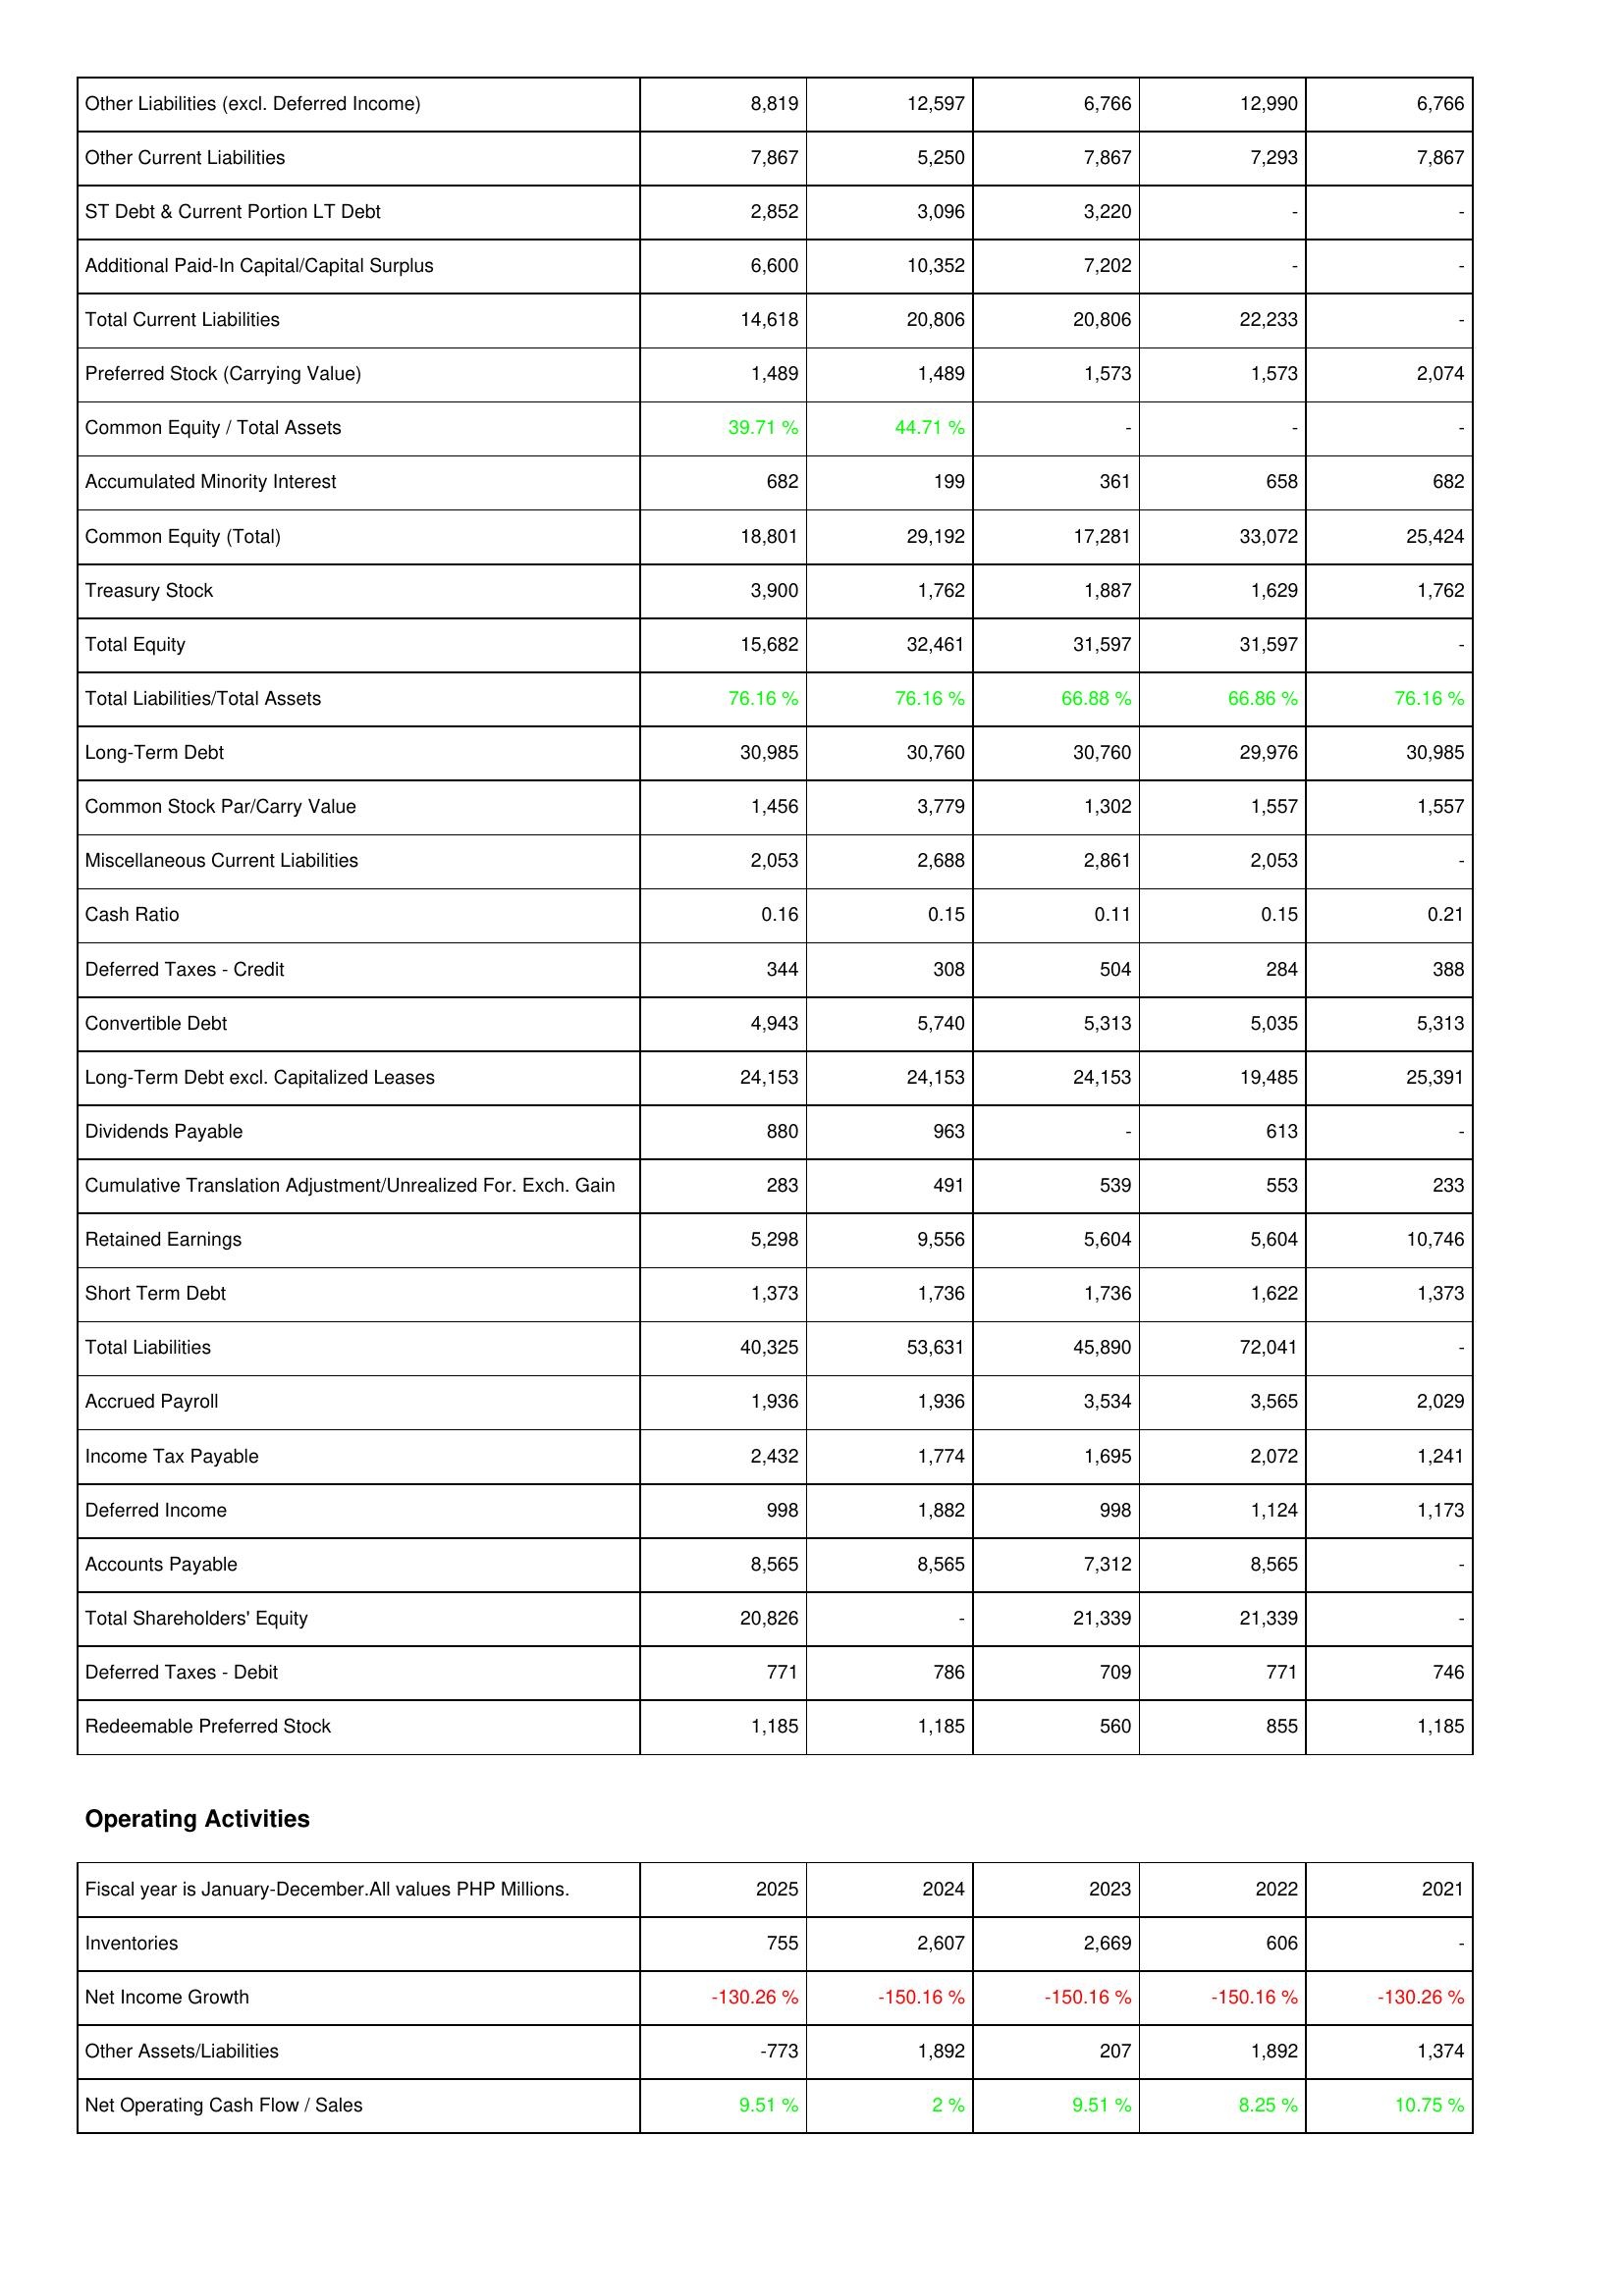
2025: Liabilities & Shareholders' Equity: Other Liabilities (excl. Deferred Income): 8,819
Other Current Liabilities: 7,867
ST Debt & Current Portion LT Debt: 2,852
Additional Paid-In Capital/Capital Surplus: 6,600
Total Current Liabilities: 14,618
Preferred Stock (Carrying Value): 1,489
Common Equity / Total Assets: 39.71 %
Accumulated Minority Interest: 682
Common Equity (Total): 18,801
Treasury Stock: 3,900
Total Equity: 15,682
Total Liabilities/Total Assets: 76.16 %
Long-Term Debt: 30,985
Common Stock Par/Carry Value: 1,456
Miscellaneous Current Liabilities: 2,053
Cash Ratio: 0.16
Deferred Taxes - Credit: 344
Convertible Debt: 4,943
Long-Term Debt excl. Capitalized Leases: 24,153
Dividends Payable: 880
Cumulative Translation Adjustment/Unrealized For. Exch. Gain: 283
Retained Earnings: 5,298
Short Term Debt: 1,373
Total Liabilities: 40,325
Accrued Payroll: 1,936
Income Tax Payable: 2,432
Deferred Income: 998
Accounts Payable: 8,565
Total Shareholders' Equity: 20,826
Deferred Taxes - Debit: 771
Redeemable Preferred Stock: 1,185
Operating Activities: Inventories: 755
Net Income Growth: -130.26 %
Other Assets/Liabilities: -773
Net Operating Cash Flow / Sales: 9.51 %
2024: Liabilities & Shareholders' Equity: Other Liabilities (excl. Deferred Income): 12,597
Other Current Liabilities: 5,250
ST Debt & Current Portion LT Debt: 3,096
Additional Paid-In Capital/Capital Surplus: 10,352
Total Current Liabilities: 20,806
Preferred Stock (Carrying Value): 1,489
Common Equity / Total Assets: 44.71 %
Accumulated Minority Interest: 199
Common Equity (Total): 29,192
Treasury Stock: 1,762
Total Equity: 32,461
Total Liabilities/Total Assets: 76.16 %
Long-Term Debt: 30,760
Common Stock Par/Carry Value: 3,779
Miscellaneous Current Liabilities: 2,688
Cash Ratio: 0.15
Deferred Taxes - Credit: 308
Convertible Debt: 5,740
Long-Term Debt excl. Capitalized Leases: 24,153
Dividends Payable: 963
Cumulative Translation Adjustment/Unrealized For. Exch. Gain: 491
Retained Earnings: 9,556
Short Term Debt: 1,736
Total Liabilities: 53,631
Accrued Payroll: 1,936
Income Tax Payable: 1,774
Deferred Income: 1,882
Accounts Payable: 8,565
Total Shareholders' Equity: -
Deferred Taxes - Debit: 786
Redeemable Preferred Stock: 1,185
Operating Activities: Inventories: 2,607
Net Income Growth: -150.16 %
Other Assets/Liabilities: 1,892
Net Operating Cash Flow / Sales: 2 %
2023: Liabilities & Shareholders' Equity: Other Liabilities (excl. Deferred Income): 6,766
Other Current Liabilities: 7,867
ST Debt & Current Portion LT Debt: 3,220
Additional Paid-In Capital/Capital Surplus: 7,202
Total Current Liabilities: 20,806
Preferred Stock (Carrying Value): 1,573
Common Equity / Total Assets: -
Accumulated Minority Interest: 361
Common Equity (Total): 17,281
Treasury Stock: 1,887
Total Equity: 31,597
Total Liabilities/Total Assets: 66.88 %
Long-Term Debt: 30,760
Common Stock Par/Carry Value: 1,302
Miscellaneous Current Liabilities: 2,861
Cash Ratio: 0.11
Deferred Taxes - Credit: 504
Convertible Debt: 5,313
Long-Term Debt excl. Capitalized Leases: 24,153
Dividends Payable: -
Cumulative Translation Adjustment/Unrealized For. Exch. Gain: 539
Retained Earnings: 5,604
Short Term Debt: 1,736
Total Liabilities: 45,890
Accrued Payroll: 3,534
Income Tax Payable: 1,695
Deferred Income: 998
Accounts Payable: 7,312
Total Shareholders' Equity: 21,339
Deferred Taxes - Debit: 709
Redeemable Preferred Stock: 560
Operating Activities: Inventories: 2,669
Net Income Growth: -150.16 %
Other Assets/Liabilities: 207
Net Operating Cash Flow / Sales: 9.51 %
2022: Liabilities & Shareholders' Equity: Other Liabilities (excl. Deferred Income): 12,990
Other Current Liabilities: 7,293
ST Debt & Current Portion LT Debt: -
Additional Paid-In Capital/Capital Surplus: -
Total Current Liabilities: 22,233
Preferred Stock (Carrying Value): 1,573
Common Equity / Total Assets: -
Accumulated Minority Interest: 658
Common Equity (Total): 33,072
Treasury Stock: 1,629
Total Equity: 31,597
Total Liabilities/Total Assets: 66.86 %
Long-Term Debt: 29,976
Common Stock Par/Carry Value: 1,557
Miscellaneous Current Liabilities: 2,053
Cash Ratio: 0.15
Deferred Taxes - Credit: 284
Convertible Debt: 5,035
Long-Term Debt excl. Capitalized Leases: 19,485
Dividends Payable: 613
Cumulative Translation Adjustment/Unrealized For. Exch. Gain: 553
Retained Earnings: 5,604
Short Term Debt: 1,622
Total Liabilities: 72,041
Accrued Payroll: 3,565
Income Tax Payable: 2,072
Deferred Income: 1,124
Accounts Payable: 8,565
Total Shareholders' Equity: 21,339
Deferred Taxes - Debit: 771
Redeemable Preferred Stock: 855
Operating Activities: Inventories: 606
Net Income Growth: -150.16 %
Other Assets/Liabilities: 1,892
Net Operating Cash Flow / Sales: 8.25 %
2021: Liabilities & Shareholders' Equity: Other Liabilities (excl. Deferred Income): 6,766
Other Current Liabilities: 7,867
ST Debt & Current Portion LT Debt: -
Additional Paid-In Capital/Capital Surplus: -
Total Current Liabilities: -
Preferred Stock (Carrying Value): 2,074
Common Equity / Total Assets: -
Accumulated Minority Interest: 682
Common Equity (Total): 25,424
Treasury Stock: 1,762
Total Equity: -
Total Liabilities/Total Assets: 76.16 %
Long-Term Debt: 30,985
Common Stock Par/Carry Value: 1,557
Miscellaneous Current Liabilities: -
Cash Ratio: 0.21
Deferred Taxes - Credit: 388
Convertible Debt: 5,313
Long-Term Debt excl. Capitalized Leases: 25,391
Dividends Payable: -
Cumulative Translation Adjustment/Unrealized For. Exch. Gain: 233
Retained Earnings: 10,746
Short Term Debt: 1,373
Total Liabilities: -
Accrued Payroll: 2,029
Income Tax Payable: 1,241
Deferred Income: 1,173
Accounts Payable: -
Total Shareholders' Equity: -
Deferred Taxes - Debit: 746
Redeemable Preferred Stock: 1,185
Operating Activities: Inventories: -
Net Income Growth: -130.26 %
Other Assets/Liabilities: 1,374
Net Operating Cash Flow / Sales: 10.75 %